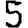
Digit: 5